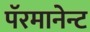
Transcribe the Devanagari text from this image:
पॅरमानेन्ट